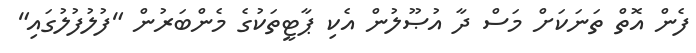
ފެން އޮތް ތަނަކަށް މަސް ދާ އުޞޫލުން އެކި ޕާޓީތަކުގެ މެންބަރުން "ފުލުފުލުގައި"